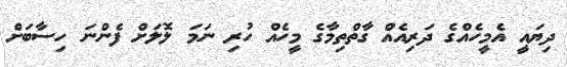
ދިޔައީ އެމީހެއްގެ ދަރިއެއް ގާތްތިމާގެ މީހެއް ހުރި ނަމަ ލޮލަށް ފެންނަ ހިސާބަށް